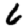
Digit: 6